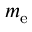
m _ { \mathrm { e } }